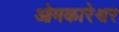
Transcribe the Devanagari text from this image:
ओमकारेश्वर